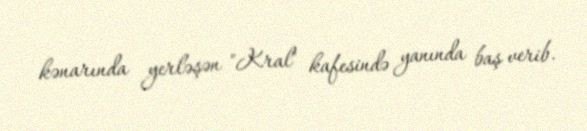
kənarında yerləşən "Kral" kafesində yanında baş verib.